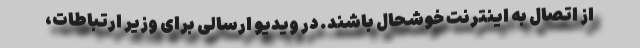
از اتصال به اینترنت خوشحال باشند. در ویدیو ارسالی برای وزیر ارتباطات،